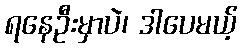
ရနေဦးမှာပဲ၊ ဒါပေမယ့်